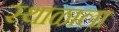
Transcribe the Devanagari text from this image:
स्थाळाला